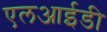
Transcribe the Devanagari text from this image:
एलआईडी